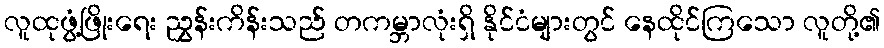
လူထုဖွံ့ဖြိုးရေး ညွှန်းကိန်းသည် တကမ္ဘာလုံးရှိ နိုင်ငံများတွင် နေထိုင်ကြသော လူတို့၏